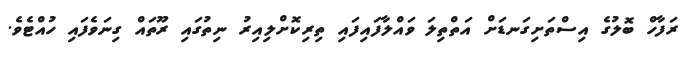
ރަފާހް ބޮލުގެ އިސްތަށިގަނޑަށް އަތްތިލަ ވައްލާފައިފައި ތިރިކޮށްލިއިރު ނިތުގައި ރޫތައް ގިނަވެފައި ހުއްޓެވެ.